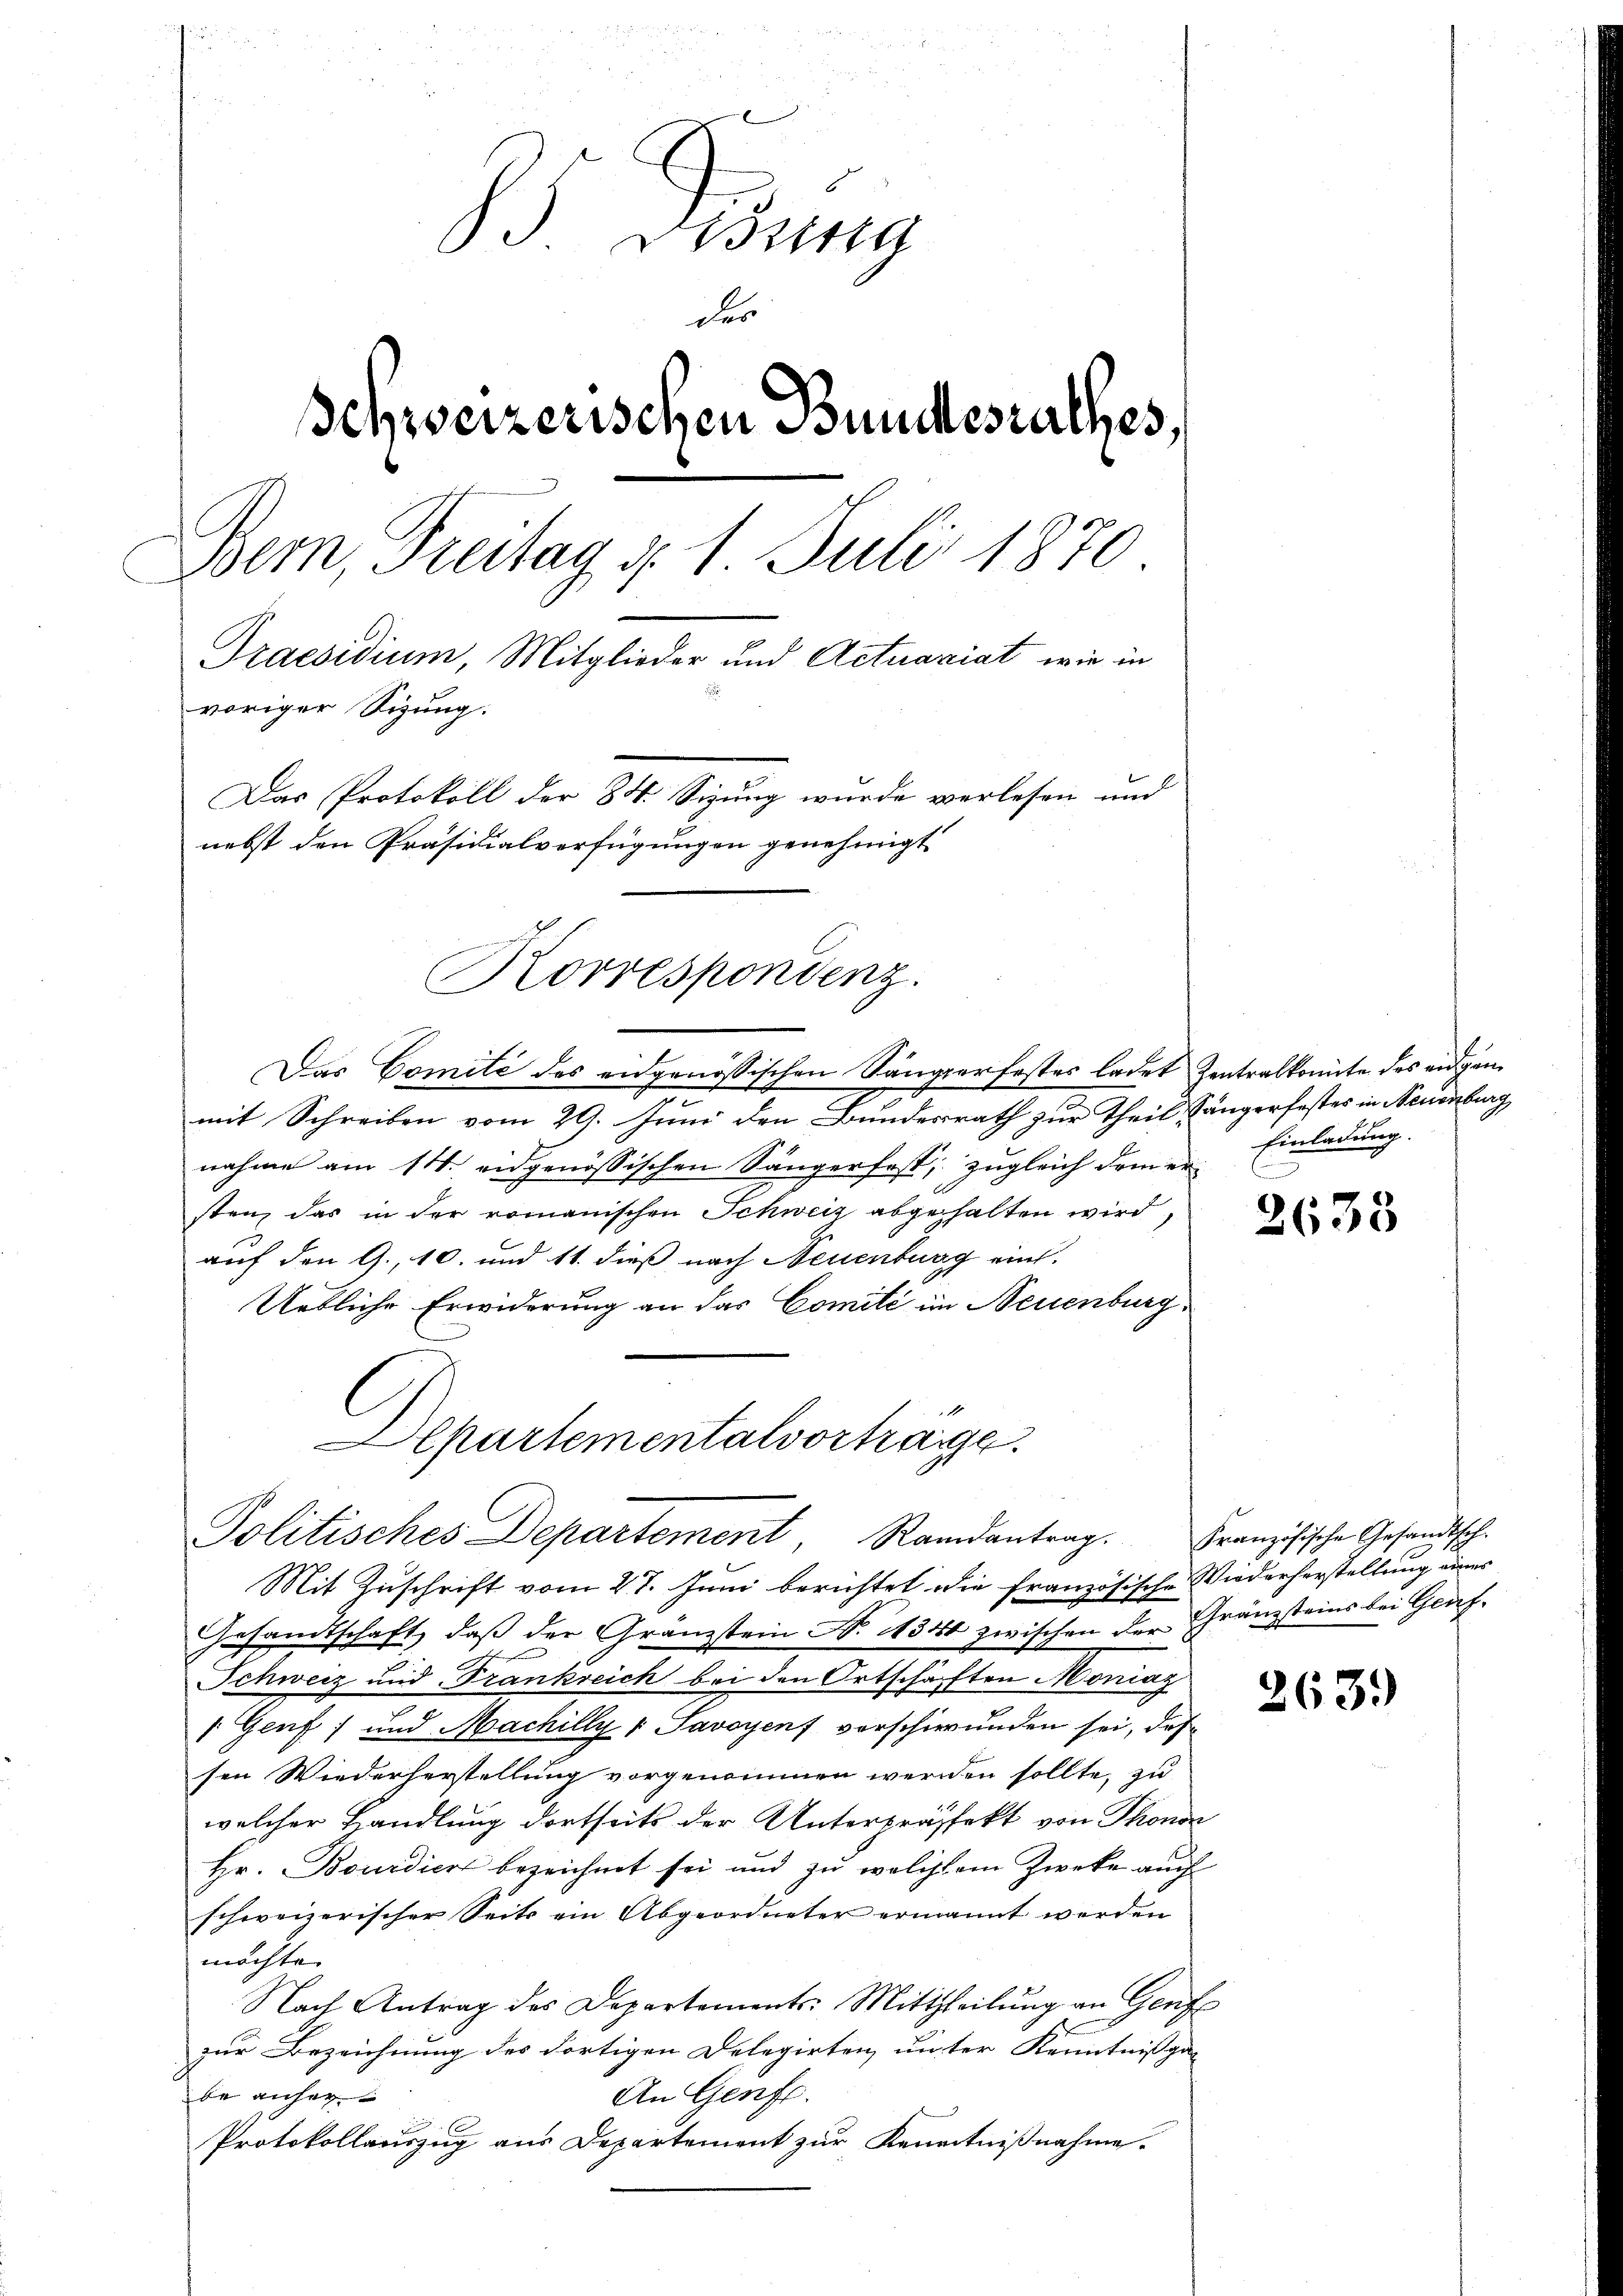
8) Desing
des
Schweizerischen Bundesrathes,
Bem, Freitag d. 1. Juli 1870
Praesidium, Mitglieder und Actuariat, wie in
voriger Sizung.
Das Protokoll der 84. Sizung wurde verlesen und
nebst den Präsidialverfügungen genehmigt
Korrespondenz.

Das Comité des eidgenössischen Sängerfester ladet Zentralkomite des eidgen
mit Schreiben vom 29. Juni den Bundesrath zur Theil, Sänger festes in Neuenburg
nahme am 14. eidgenössischen Sängerfest, zugleich dem er
sten das in der romanischen Schweiz abgehalten wird,
auf den 9., 10. und 11. dieß nach Neuenburg ein¬
Uetliche Erwiderung an das Comité im Neuenburg
Mit Zuschrift vom 27. Juni berichtet die französische Wiederherstellung eines
Gesandtschaft, daß der Gränzstein No 1340 zwischen der Gränzsteins bei Graf-
Schweiz und Trankreich bei den Ortschäften Moniaz
1 Genf und Machilly v Savoyens verschwunden sei, das
sen Wiederherstellung vorgenommen werden sollte, zu
welcher Handlung dortseits der Unterpräffekt von Thonon
Hr. Bourdiert bezeichnet sei und zu welchem Zwecke auch
schweizerischer Seits ein Abgeordneter ernannt werden
möchte.
Nach Antrag des Departements-Mittheilŭng an Genf
zur Bezeichnung des dortigen Delegirten unter Kenntnißga-
An Genf.
be anher
Protokollauszug aus Departement zur Kenntnißnahme.

partementalvortrage
Politisches Departement, Randantrag. Französische Gesandtsch.

Einladung.

2635

2639)